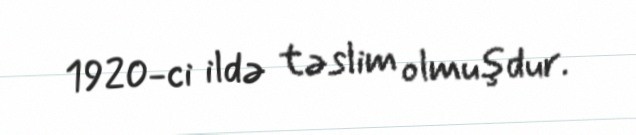
1920-ci ildə təslim olmuşdur.